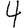
Digit: 4